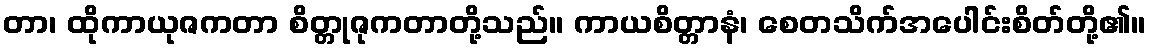
တာ၊ ထိုကာယုဇကတာ စိတ္တုဇုကတာတို့သည်။ ကာယစိတ္တာနံ၊ စေတသိက်အပေါင်းစိတ်တို့၏။